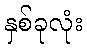
နှစ်ခုလုံး